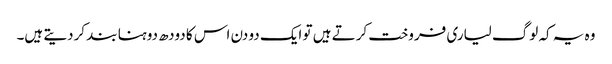
وہ یہ کہ لوگ لیاری فروخت کرتے ہیں تو ایک دو دن اس کا دودھ دوہنا بند کردیتے ہیں۔